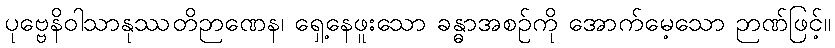
ပုဗ္ဗေနိဝါသာနုဿတိဉာဏေန၊ ရှေ့နေဖူးသော ခန္ဓာအစဉ်ကို အောက်မေ့သော ဉာဏ်ဖြင့်။